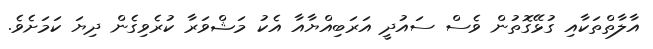
އާލާތްތަކާއި ގުޅޭގޮތުން ވެސް ސައުދީ އަރަބިއްޔާއާ އެކު މަޝްވަރާ ކުރެވިގެން ދިޔަ ކަމަށެވެ.